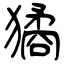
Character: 獝